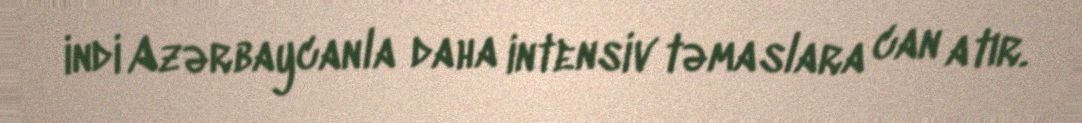
indi Azərbaycanla daha intensiv təmaslara can atır.